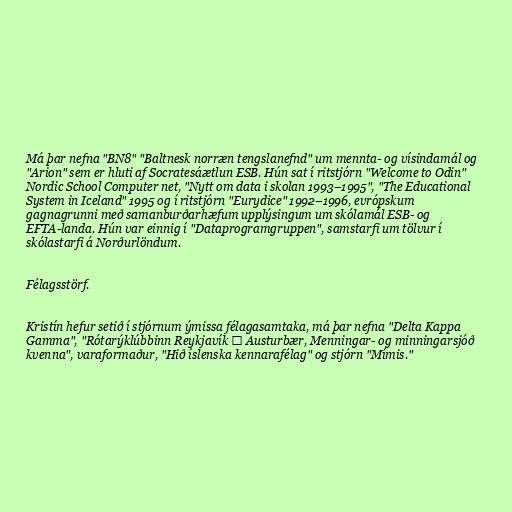
Má þar nefna "BN8" "Baltnesk norræn tengslanefnd" um mennta- og vísindamál og
"Arion" sem er hluti af Socratesáætlun ESB. Hún sat í ritstjórn "Welcome to Odin"
Nordic School Computer net, "Nytt om data i skolan 1993–1995", "The Educational
System in Iceland" 1995 og í ritstjórn "Eurydice" 1992–1996, evrópskum
gagnagrunni með samanburðarhæfum upplýsingum um skólamál ESB- og
EFTA-landa. Hún var einnig í "Dataprogramgruppen", samstarfi um tölvur í
skólastarfi á Norðurlöndum.

Félagsstörf.

Kristín hefur setið í stjórnum ýmissa félagasamtaka, má þar nefna "Delta Kappa
Gamma", "Rótarýklúbbinn Reykjavík ‒ Austurbær, Menningar- og minningarsjóð
kvenna", varaformaður, "Hið íslenska kennarafélag" og stjórn "Mímis."